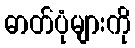
ဓာတ်ပုံများကို